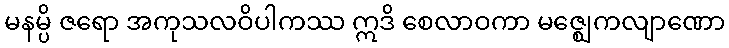
မနမ္ပိ ဇရော အကုသလဝိပါကဿ ဣဒိ စေလာဝကာ မဇ္ဈေကလျာဏော